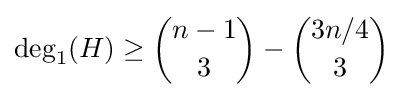
\deg _{1}(H)\geq {n-1 \choose 3}-{3n/4 \choose 3}